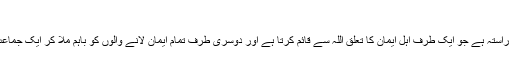
( 3:103 )
یہی وہ واحد راستہ ہے جو ایک طرف اہلِ ایمان کا تعلق اللہ سے قائم کرتا ہے اور دوسری طرف تمام ایمان لانے والوں کو باہم ملا کر ایک جماعت بناتا ہے ۔